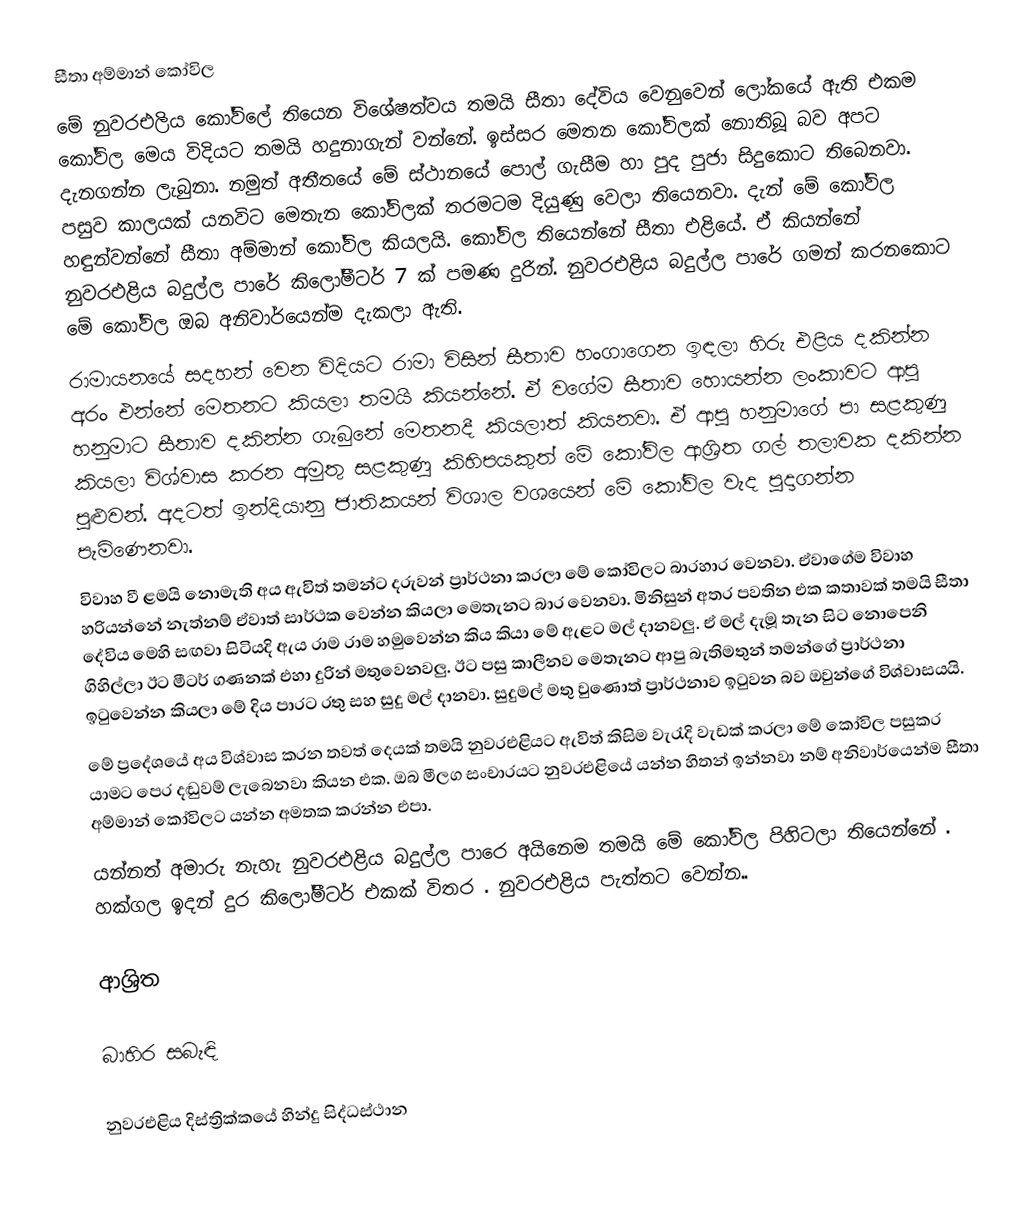
සීතා අම්මාන් කෝවිල
මේ නුවරඑලිය කෝවිලේ තියෙන විශේෂත්වය තමයි සීතා දේවිය වෙනුවෙන් ලෝකයේ ඇති එකම කෝවිල මෙය විදියට තමයි හදුනාගැන් වන්නේ. ඉස්සර මෙතන කෝවිලක් නොතිබූ බව අපට දැනගන්න ලැබුනා. නමුත් අතීතයේ  මේ ස්ථානයේ පොල් ගැසීම හා  පුද පුජා සිදුකොට තිබෙනවා. පසුව කාලයක් යනවිට මෙතැන කෝවිලක් තරමටම දියුණු වෙලා තියෙනවා. දැන් මේ කෝවිල හඳුන්වන්නේ සීතා අම්මාන් කෝවිල කියලයි. කෝවිල තියෙන්නේ සීතා එළියේ. ඒ කියන්නේ නුවරඑළිය බදුල්ල පාරේ කිලෝමීටර් 7 ක් පමණ දුරින්. නුවරඑළිය බදුල්ල පාරේ ගමන් කරනකොට මේ කෝවිල ඔබ අනිවාර්යෙන්ම දැකලා ඇති.
රාමායනයේ සදහන් වෙන විදියට රාමා විසින් සීතාව හංගාගෙන ඉඳලා හිරු එළිය දකින්න අරං එන්නේ මෙතනට කියලා තමයි කියන්නේ. ඒ වගේම සීතාව හොයන්න ලංකාවට ආපු හනුමාට සීතාව දකින්න ගැබුනේ මෙතනදී කියලාත් කියනවා. ඒ ආපු හනුමාගේ පා සළකුණු කියලා විශ්වාස කරන අමුතු සළකුණූ කිහිපයකුත් මේ කෝවිල ආශ්‍රිත ගල් තලාවක දකින්න පුළුවන්. අදටත් ඉන්දියානු ජාතිකයන් විශාල වශයෙන් මේ කෝවිල වැද පුදාගන්න පැමිණෙනවා.
විවාහ වී ළමයි නොමැති අය ඇවිත් තමන්ට දරුවන් ප්‍රාර්ථනා කරලා මේ කෝවිලට බාරහාර වෙනවා. ඒවාගේම විවාහ හරියන්නේ නැත්නම් ඒවාත් සාර්ථක වෙන්න කියලා මෙතැනට බාර වෙනවා. මිනිසුන් අතර පවතින එක කතාවක් ‍තමයි සීතා දේවිය මෙහි සඟවා සිටියදි ඇය රාම රාම හමුවෙන්න කිය කියා මේ ඇළට මල් දානවලු. ඒ මල් දැමූ තැන සිට නොපෙනි ගිහිල්ලා ඊට මීටර් ගණනක් එහා දුරින් මතුවෙනවලු. ඊට පසු කාලීනව මෙතැනට ආපු බැතිමතුන් තමන්ගේ ප්‍රාර්ථනා ඉටුවෙන්න කියලා මේ දිය පාරට රතු සහ සුදු මල් දානවා. සුදුමල් මතු වුණොත් ප්‍රාර්ථනාව ඉටුවන බව ඔවුන්ගේ විශ්වාසයයි.
මේ ප්‍රදේශයේ අය විශ්වාස කරන තවත් දෙයක් තමයි නුවරඑළියට ඇවිත් කිසිම වැරැදි වැඩක් කරලා මේ කෝවිල පසුකර යාමට පෙර  දඬුවම් ලැබෙනවා කියන එක. ඔබ මීලග සංචාරයට නුවරඑළියේ යන්න හිතන් ඉන්නවා නම් අනිවාර්යෙන්ම සීතා අම්මාන් කෝවිලට යන්න අමතක කරන්න එපා.
යන්නත් අමාරු නැහැ නුවරඑළිය බදුල්ල පාරෙ අයිනෙම තමයි මේ කෝවිල පිහිටලා තියෙන්නේ . හක්ගල ඉදන් දුර කිලෝමීටර් එකක් විතර . නුවරඑළිය පැත්තට වෙන්න..

ආශ්‍රිත

බාහිර සබැඳි

නුවරඑළිය දිස්ත්‍රික්කයේ හින්දු සිද්ධස්ථාන